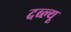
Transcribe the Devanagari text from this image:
दब्ल्यू